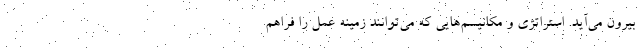
بیرون می‌آید. استراتژی و مکانیسم‌هایی که می‌توانند زمینه عمل را فراهم